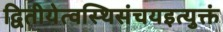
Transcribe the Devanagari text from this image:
द्वितीयेत्वस्थिसंचयइत्युक्तं